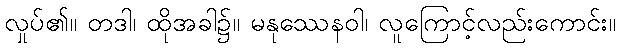
လှုပ်၏။ တဒါ၊ ထိုအခါ၌။ မနုဿေနဝါ၊ လူကြောင့်လည်းကောင်း။